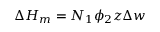
\Delta H _ { m } = N _ { 1 } \phi _ { 2 } z \Delta w